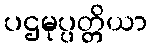
ပဌမုပ္ပတ္တိယာ